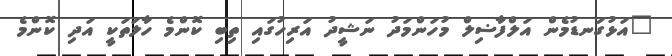
"އަޅުގަނޑުމެން އަލްފާޟިލް މުހަންމަދު ނަޝީދު އަރިހުގައި ތިބި ކޮންމެ ހާލަތަކީ އަދި ކޮންމެ